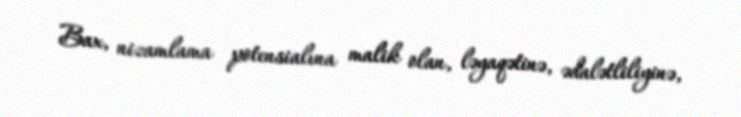
Bax, nizamlama potensialına malik olan, ləyaqətinə, ədalətliliyinə,